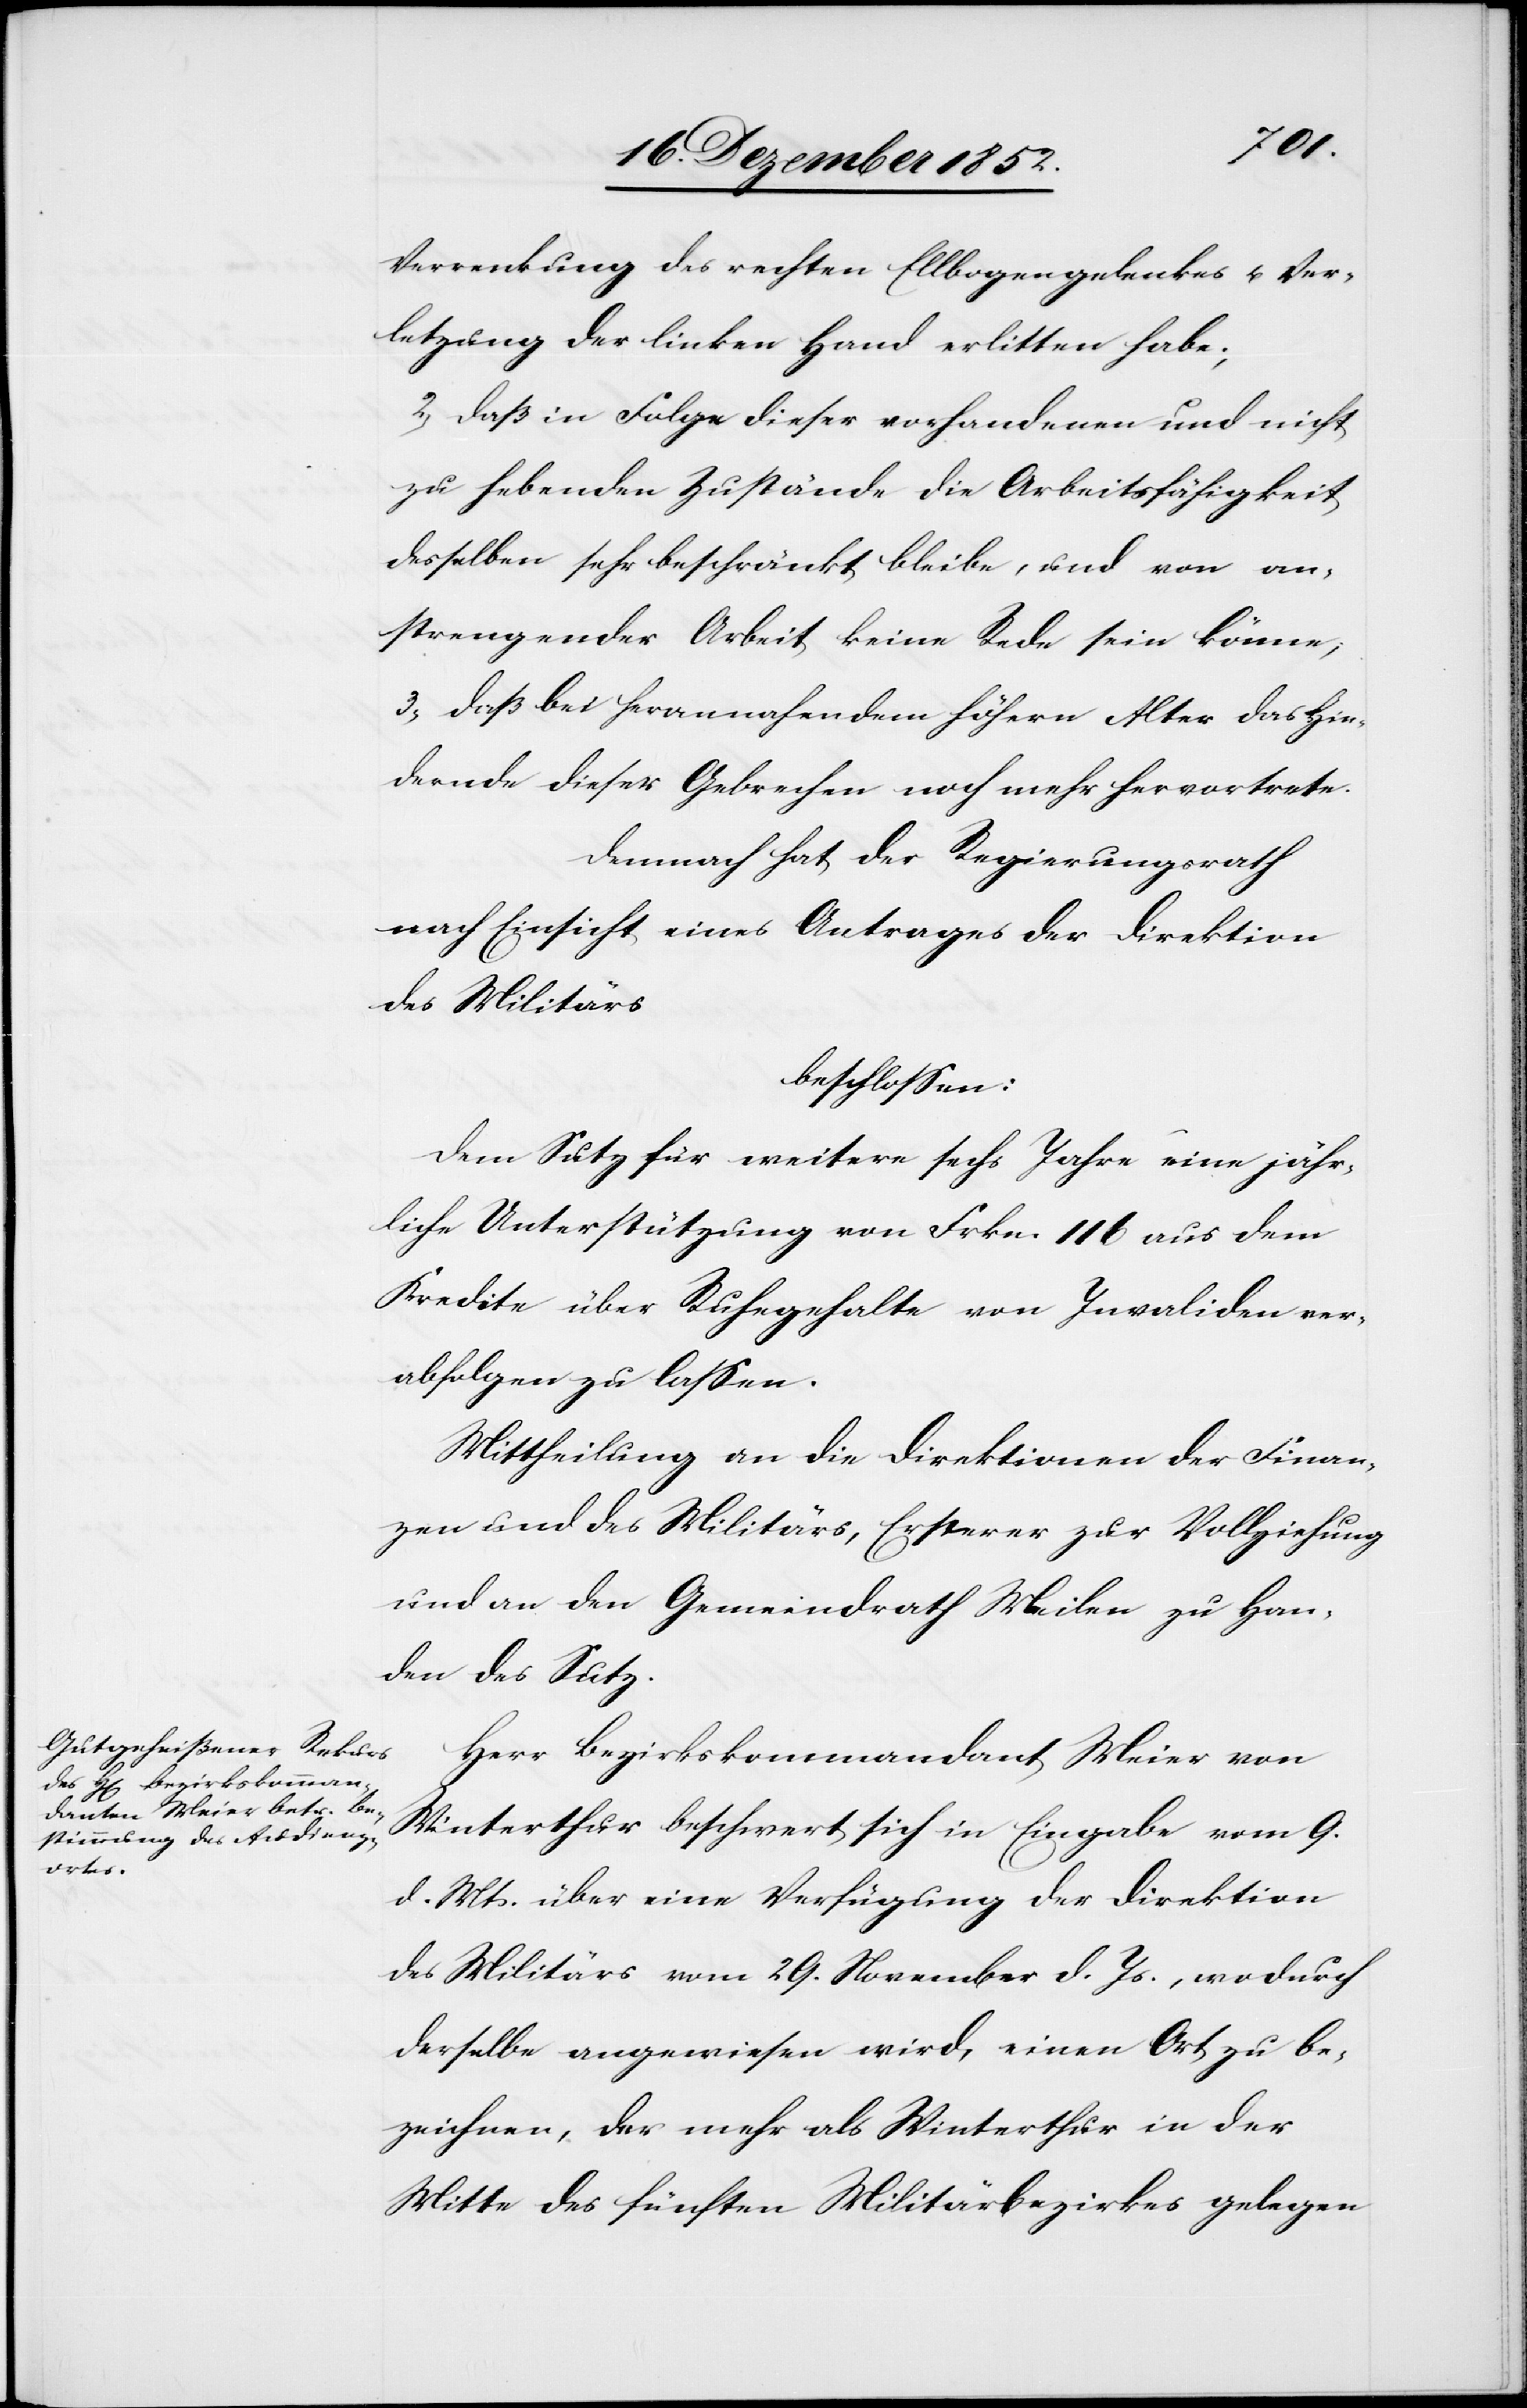
Verrenkung des rechten Ellbogengelenkes u. Ver¬
letzung der linken Hand erlitten habe;
2, daß in Folge dieser vorhandenen und nicht
zu hebenden Zustände die Arbeitsfähigkeit
desselben sehr beschränkt bleibe, und von an¬
strengender Arbeit keine Rede sein könne;
3, daß bei herannahendem höhern Alter das Hin¬
dernde dieser Gebrechen noch mehr hervortrete.
Demnach hat der Regierungsrath
nach Einsicht eines Antrages der Direktion
des Militärs
beschlossen:
Dem Sutz für weitere sechs Jahre eine jähr¬
liche Unterstützung von Frkn. 116 aus dem
Kredite über Ruhegehalte von Invaliden ver¬
abfolgen zu lassen.
Mittheilung an die Direktionen der Finan¬
zen und des Militärs, Ersterer zur Vollziehung
und an den Gemeindrath Meilen zu Han¬
den des Sutz.
Herr Bezirkskommandant Meier von
Winterthur beschwert sich in Eingabe vom 9.
d. Mts. über eine Verfügung der Direktion
des Militärs vom 29. November d. Js., wodurch
derselbe angewiesen wird, einen Ort zu be¬
zeichnen, der mehr als Winterthur in der
Mitte des fünften Militärbezirkes gelegen